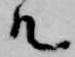
ル